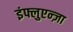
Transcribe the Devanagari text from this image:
इंफ्लुएन्ज़ा